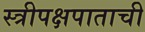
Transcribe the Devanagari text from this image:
स्त्रीपक्षपाताची